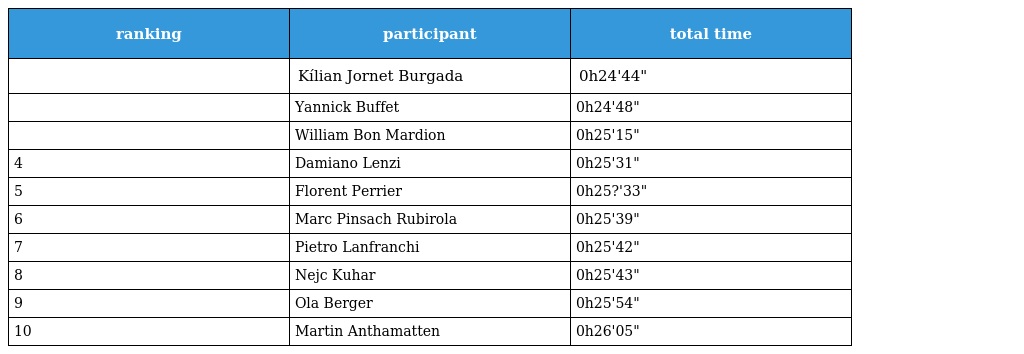
| ranking | participant | total time |
 | --- | --- | --- |
 |  | Kílian Jornet Burgada | 0h24'44" |
 |  | Yannick Buffet | 0h24'48" |
 |  | William Bon Mardion | 0h25'15" |
 | 4 | Damiano Lenzi | 0h25'31" |
 | 5 | Florent Perrier | 0h25?'33" |
 | 6 | Marc Pinsach Rubirola | 0h25'39" |
 | 7 | Pietro Lanfranchi | 0h25'42" |
 | 8 | Nejc Kuhar | 0h25'43" |
 | 9 | Ola Berger | 0h25'54" |
 | 10 | Martin Anthamatten | 0h26'05" |